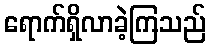
ရောက်ရှိလာခဲ့ကြသည်